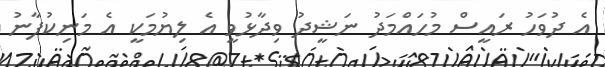
އެ ދުވަހު ރައީސް މުހައްމަދު ނަޝީދު ވިދާޅުވީ އެ ލިޔުމަކީ އެ މަނިކުފާނު